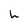
Character: h